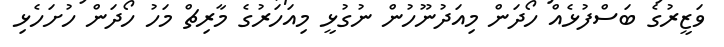
ވަޒީރުގެ ބަސްފުޅެއް ހޯދަން މިއަދުނޫހުން ނުގުޅީ މިއަހަރުގެ މާރިޗް މަހު ހޯދަން ހުށަހެޅި